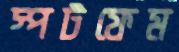
স্পটফেম